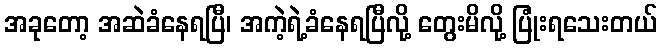
အခုတော့ အဆဲခံနေရပြီ၊ အကဲ့ရဲ့ခံနေရပြီလို့ တွေးမိလို့ ပြုံးရသေးတယ်